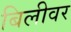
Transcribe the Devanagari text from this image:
बिलीवर